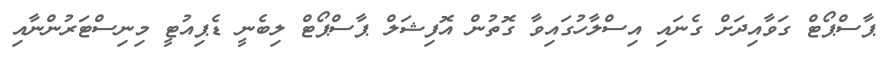
ޕާސްޕޯޓް ގަވާއިދަށް ގެނައި އިސްލާހުގައިވާ ގޮތުން އޮފިޝަލް ޕާސްޕޯޓް ލިބެނީ ޑެޕިއުޓީ މިނިސްޓަރުންނާއި